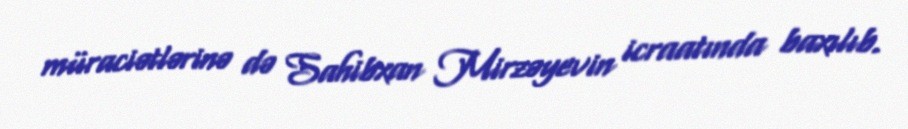
müraciətlərinə də Sahibxan Mirzəyevin icraatında baxılıb.